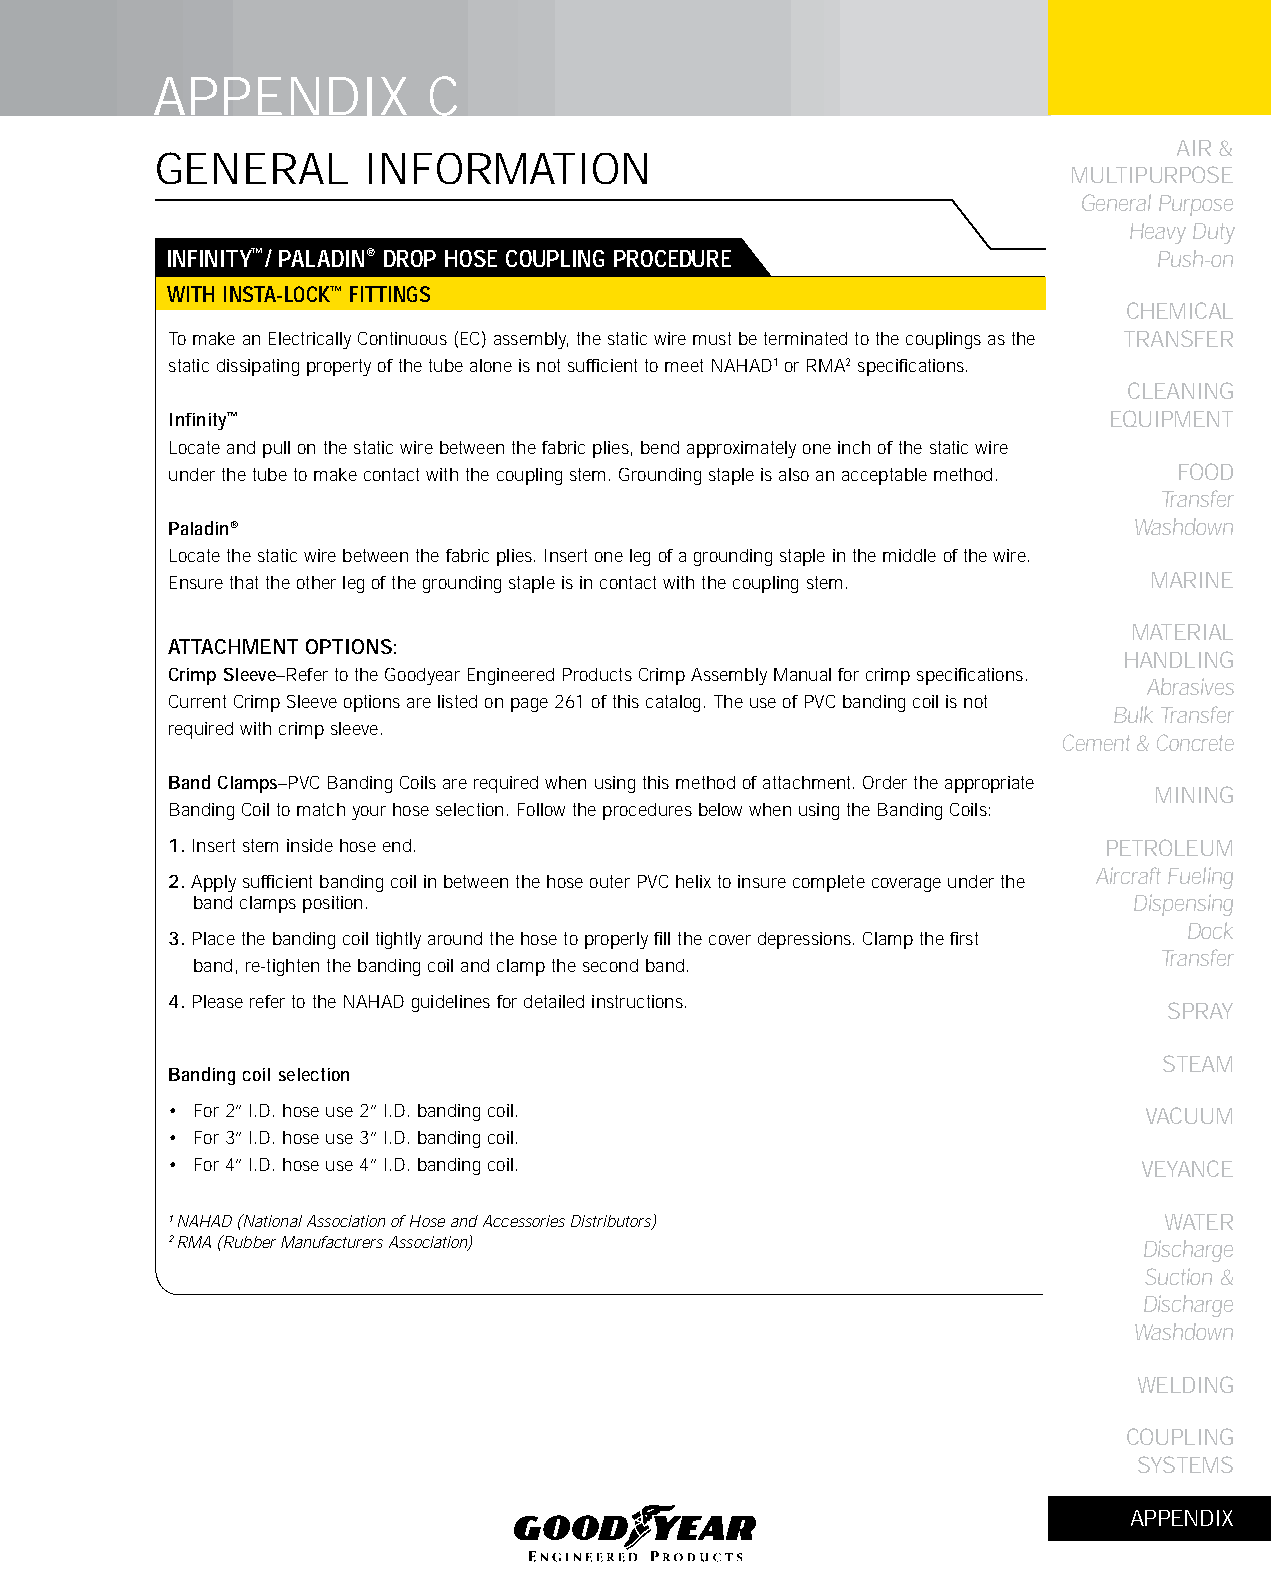
APPENDIX          C
 AIR &
 GENERAL       INFORMATION
 MULTIPURPOSE
 General Purpose
 Heavy Duty
 INfINITy™/ PALADIN® DROP HOSE COUPLING PROCEDURE                  Push-on
 WITH INSTA-LOCk™ fITTINGS
 CHEMICAL
 To make an Electrically Continuous (EC) assembly, the static wire must be terminated to the couplings as the TRANSFER
 static dissipating property of the tube alone is not sufficient to meet NAHAD1 or RMA2 specifications.
 CLEANING
 Infinity™                                                     EqUIPMENT
 Locate and pull on the static wire between the fabric plies, bend approximately one inch of the static wire
 under the tube to make contact with the coupling stem. Grounding staple is also an acceptable method. FOOD
 Transfer
 Paladin®                                                        Washdown
 Locate the static wire between the fabric plies. Insert one leg of a grounding staple in the middle of the wire.
 Ensure that the other leg of the grounding staple is in contact with the coupling stem. MARINE
 MATERIAL
 ATTACHMENT OPTIONS:
 HANDLING
 Crimp Sleeve–Refer to the Goodyear Engineered Products Crimp Assembly Manual for crimp specifications.
 Abrasives
 Current Crimp Sleeve options are listed on page 261 of this catalog. The use of PVC banding coil is not
 Bulk Transfer
 required with crimp sleeve.
 Cement & Concrete
 Band Clamps–PVC Banding Coils are required when using this method of attachment. Order the appropriate
 MINING
 Banding Coil to match your hose selection. Follow the procedures below when using the Banding Coils:
 1. Insert stem inside hose end.                               PETROLEUM
 Aircraft Fueling
 2. Apply sufficient banding coil in between the hose outer PVC helix to insure complete coverage under the
 band clamps position.                                         Dispensing
 Dock
 3. Place the banding coil tightly around the hose to properly fill the cover depressions. Clamp the first
 Transfer
 band, re-tighten the banding coil and clamp the second band.
 4. Please refer to the NAHAD guidelines for detailed instructions.
 SPRAY
 STEAM
 Banding coil selection
 • For 2’’ I.D. hose use 2’’ I.D. banding coil.                   VACUUM
 • For 3’’ I.D. hose use 3’’ I.D. banding coil.
 • For 4’’ I.D. hose use 4’’ I.D. banding coil.                   VEYANCE
 1 NAHAD (National Association of Hose and Accessories Distributors) WATER
 2 RMA (Rubber Manufacturers Association)                         Discharge
 Suction &
 Discharge
 Washdown
 WELDING
 COUPLING
 SYSTEMS
 APPENDIX
 299